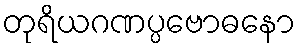
တုရိယဂဏပ္ပဗောဓနော